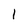
Character: 1